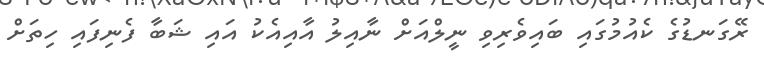
ރޭގަނޑުގެ ކެއުމުގައި ބައިވެރިވި ނީލްއަށް ނާއިލު އާއިއެކު އައި ޝަބާ ފެނިފައި ހިތަށް